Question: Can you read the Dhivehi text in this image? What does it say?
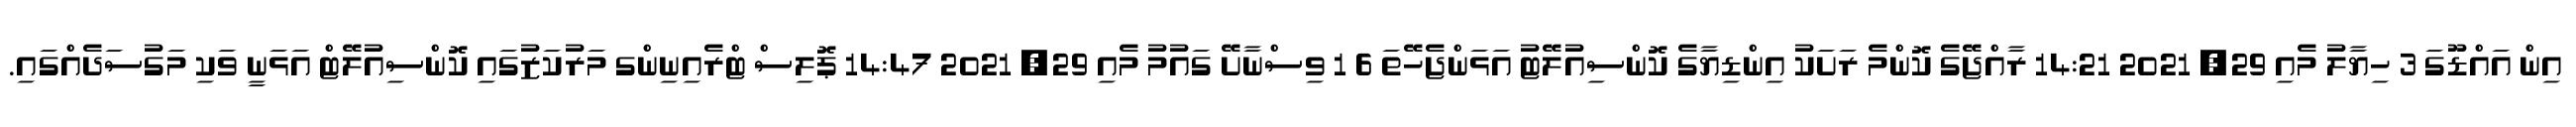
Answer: އިން އައްޑޫގަ 3 ހިޔާލު މެއި 29, 2021 14:21 ރާއްޖޭގެ ކޮންމެ ރަށަކު އިންޑިޔާގެ ކޮންސިއުލޭޓު އަޅަންޖެހޭތަ 6 1 ވިސްނާށޭ ގައުމު މެއި 29, 2021 14:47 ޕޮލިސް ޓްރެއިނިންގ މަރުކަޒުގައި ކޮންސިއުލޭޓް އަޅަނީ ވަކި މަގުސަދެއްގައި.